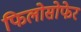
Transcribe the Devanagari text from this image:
फिलोसोफेर